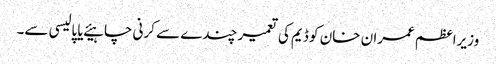
وزیراعظم عمران خان کو ڈیم کی تعمیر چندے سے کرنی چاہیئے یا پالیسی سے۔